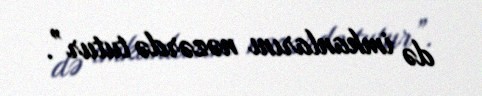
də imkanlarını nəzərdə tutur”.